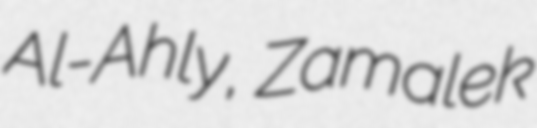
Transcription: Al-Ahly, Zamalek